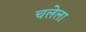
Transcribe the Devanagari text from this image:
चलेला